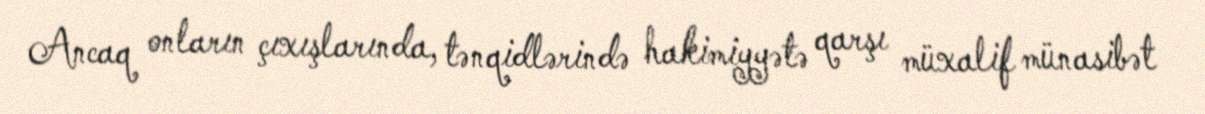
Ancaq onların çıxışlarında, tənqidlərində hakimiyyətə qarşı müxalif münasibət